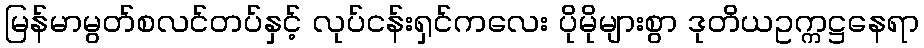
မြန်မာမွတ်စလင်တပ်နှင့် လုပ်ငန်းရှင်ကလေး ပိုမိုများစွာ ဒုတိယဥက္ကဋ္ဌနေရာ